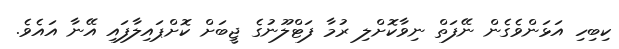
ކިބިހި އަޅަންވެގެން ނޭފަތް ނިވާކޮށްލި ރުމާ ފަޓްލޫނުގެ ޖީބަށް ކޮށްޕައިލާފައި އޭނާ އައެވެ.